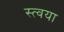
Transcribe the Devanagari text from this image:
स्त्वया